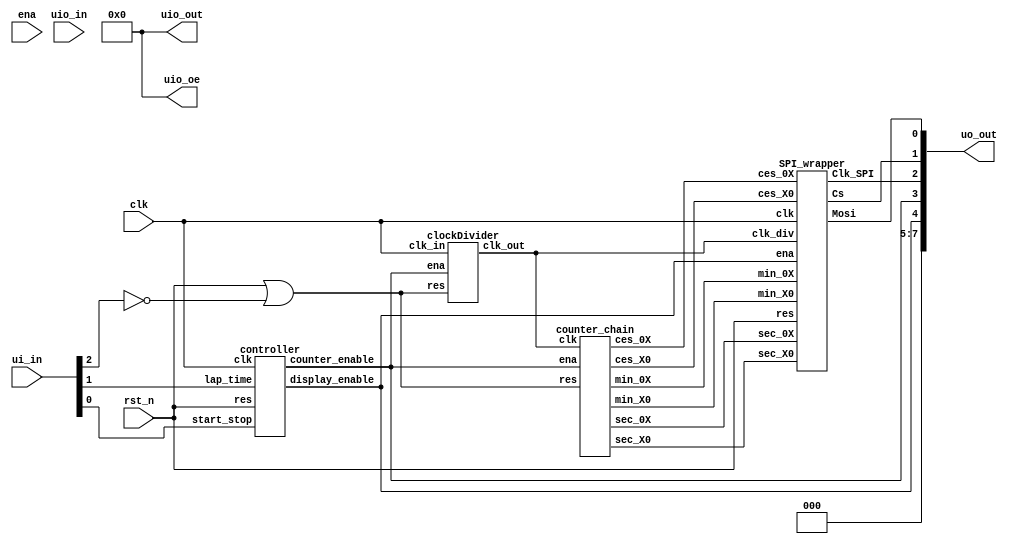
/*
 * Copyright (c) 2024 Fabio Ramirez Stern
 * SPDX-License-Identifier: Apache-2.0
 */

`define default_netname none

module tt_um_faramire_stopwatch (
  input  wire [7:0] ui_in,    // Dedicated inputs
  output wire [7:0] uo_out,   // Dedicated outputs
  input  wire [7:0] uio_in,   // IOs: Input path
  output wire [7:0] uio_out,  // IOs: Output path
  output wire [7:0] uio_oe,   // IOs: Enable path (active high: 0=input, 1=output)
  input  wire       ena,      // will go high when the design is enabled
  input  wire       clk,      // clock
  input  wire       rst_n     // reset_n - low to reset
 );
  // All output pins must be assigned. If not used, assign to 0.
  assign uio_out = 0;
  assign uio_oe  = 0;
  assign uo_out[7:5]  = 0;

  wire dividedClock; // 100 Hz clock
  wire counter_enable;
  wire display_enable;
  wire reset_either; // an OR of the input reset and the chip wide reset, for those that shall be affected by both
  wire reset_either_async;
  //wire clock_enabled; // and AND of the clock with the counter enable,
                     // so that the clock divider doesn't advance when the counters are halted

  assign reset_either = rst_n | (~ui_in[2]);
  assign reset_either_async = rst_n | (~ui_in[2]);
  //assign clock_enabled = counter_enable && clk;

  wire [2:0] w_min_X0; // all the results of the counter chain
  wire [3:0] w_min_0X;
  wire [2:0] w_sec_X0;
  wire [3:0] w_sec_0X;
  wire [3:0] w_ces_X0;
  wire [3:0] w_ces_0X;

  clockDivider clockDivider1 ( // divides the 1 MHz clock to 100 Hz
    .clk_in  (clk),
    .ena     (counter_enable),
    .res     (reset_either),
    .clk_out (dividedClock)
  );

  controller controller1 ( // two latches for starting/stopping and lap times
    .res        (rst_n),
    .clk        (clk),
    .start_stop (ui_in[0]),
    .lap_time   (ui_in[1]),
    .counter_enable (counter_enable),
    .display_enable (display_enable)
  );

  assign uo_out[3] = counter_enable; // output the internal state
  assign uo_out[4] = display_enable;

  counter_chain counter_chain1 ( // a chain of 6 counters that count from 00:00:00 to 59:59:99
    .clk (dividedClock),
    .ena (counter_enable),
    .res (reset_either_async),
    .min_X0 (w_min_X0),
    .min_0X (w_min_0X),
    .sec_X0 (w_sec_X0),
    .sec_0X (w_sec_0X),
    .ces_X0 (w_ces_X0),
    .ces_0X (w_ces_0X)
  );

  SPI_wrapper SPI_wrapper1 (
    .clk (clk),
    .clk_div(dividedClock),
    .res (rst_n),
    .ena (display_enable),
    .min_X0 (w_min_X0),
    .min_0X (w_min_0X),
    .sec_X0 (w_sec_X0),
    .sec_0X (w_sec_0X),
    .ces_X0 (w_ces_X0),
    .ces_0X (w_ces_0X),
    .Mosi    (uo_out[0]), // MOSI on out 0
    .Cs      (uo_out[1]), //  CS  on out 1
    .Clk_SPI (uo_out[2])  //  CLK on out 3
  );

endmodule // tt_um_faramire_stopwatch

module clockDivider (
  input wire clk_in, // input clock 1 MHz
  input wire ena,
  input wire res,    // reset, active low
  output reg clk_out // output clock 100 Hz
);

  reg[13:0] counter;
  parameter div     = 5000; // 1 MHz / 10'000 = 100 Hz, 50% duty cycle => 1/2 of that


  always @(posedge clk_in) begin
    if (!res) begin // reset
      counter <= 14'b0;
      clk_out <= 1'b0;
    end else if (ena) begin
      if (counter < (div-1)) begin    // count up
        counter <= counter + 1;
      end else begin                  // reset counter and invert output
        counter <= 14'b0;
        clk_out <= ~clk_out; 
      end
    end
  end

endmodule //clockDivider

module controller (
  input  wire res,            // reset, active low
  input  wire clk,
  input  wire start_stop,     // impulse toggles counter_enable
  input  wire lap_time,       // impulse toggles display_enable
  output reg  counter_enable, // 
  output reg  display_enable  //
);

  always @(posedge start_stop) begin
    if (!res) begin
      counter_enable <= 1'b0;
    end else begin
      counter_enable <= ~counter_enable;
    end
  end

  always @(posedge lap_time) begin
    if (!res) begin
      display_enable <= 1'b1;
    end else begin
        display_enable <= ~display_enable;
    end
  end
  
endmodule // controller

module counter6 (
  input  wire      clk, // clock
  input  wire      ena, // enable
  input  wire      res, // reset, active low
  output reg       max, // high when max value (6) reached
  output reg [2:0] cnt  // 3 bit counter output
);

parameter max_count = 6;

  always @(posedge clk  or negedge res) begin
    if (!res) begin
      cnt <= 3'b0;
      max <= 1'b0;
    end else if (ena) begin
      if (cnt < (max_count-1)) begin
        cnt <= cnt + 1;
      end else begin
        cnt <= 3'b0;
      end

    if (cnt == max_count-2) begin
        max <= 1'b1;
      end else begin
        max <= 1'b0;
      end
    end
  end

endmodule // counter6

module counter10 (
  input  wire      clk, // clock
  input  wire      ena, // enable
  input  wire      res, // reset, active low
  output reg       max, // high when max value (10) reached
  output reg [3:0] cnt  // 3 bit counter output
);

  parameter max_count = 10;

  always @(posedge clk or negedge res) begin
    if (!res) begin
      cnt <= 4'b0;
      max <= 1'b0;
  end else if (ena) begin
      if (cnt < (max_count-1)) begin
        cnt <= cnt + 1;
      end else begin
        cnt <= 4'b0;
      end

    if (cnt == max_count-2) begin
        max <= 1'b1;
      end else begin
        max <= 1'b0;
      end
    end
  end

endmodule // counter10

module counter_chain (
  input wire clk,
  input wire ena,
  input wire res,
  // the X denotes which digit the counter drives
  output wire [3:0] ces_0X, // centiseconds (100th)
  output wire [3:0] ces_X0,
  output wire [3:0] sec_0X, // seconds
  output wire [2:0] sec_X0,
  output wire [3:0] min_0X, // minutes
  output wire [2:0] min_X0
);

  wire ces_X0_ena;
  wire sec_0X_ena;
  wire sec_X0_ena;
  wire min_0X_ena;
  wire min_X0_ena;

  wire max; // just something to connect the unused max pin of the last counter to something

  counter10 inst_ces_0X ( // counts first digit centiseconds
    .clk (clk), // clock in
    .ena (ena), // enable
    .res (res),  // reset
    .max (ces_X0_ena), // reached max value, used as enable for the next counter
    .cnt (ces_0X) // output value
  );

  counter10 inst_ces_X0 ( // counts second digit centiseconds
    .clk (clk),
    .ena (ena & ces_X0_ena),
    .res (res),
    .max (sec_0X_ena),
    .cnt (ces_X0)
  );

  counter10 inst_sec_0X ( // counts first digit seconds
    .clk (clk),
    .ena (ena & ces_X0_ena & sec_0X_ena),
    .res (res),
    .max (sec_X0_ena),
    .cnt (sec_0X)
  );

  counter6 inst_sec_X0 ( // counts second digit seconds
    .clk (clk),
    .ena (ena & ces_X0_ena & sec_0X_ena & sec_X0_ena),
    .res (res),
    .max (min_0X_ena),
    .cnt (sec_X0)
  );

  counter10 inst_min_0X ( // counts single digit minutes
    .clk (clk),
    .ena (ena & ces_X0_ena & sec_0X_ena & sec_X0_ena & min_0X_ena),
    .res (res),
    .max (min_X0_ena),
    .cnt (min_0X)
  );

  counter6 inst_min_X0 ( // counts second digit minutes
    .clk (clk),
    .ena (ena & ces_X0_ena & sec_0X_ena & sec_X0_ena & min_0X_ena & min_X0_ena),
    .res (res),
    .max (max),
    .cnt (min_X0)
  );

endmodule // counter_chain

module SPI_wrapper (
  input wire clk, // 1 MHz clock to run the FSM and other loops
  input wire clk_div, // 100 Hz clock to trigger a time to be send out
  input wire res, // reset, active low
  input wire ena,

  input wire [2:0] min_X0, // minutes
  input wire [3:0] min_0X,
  input wire [2:0] sec_X0, // seconds
  input wire [3:0] sec_0X,
  input wire [3:0] ces_X0, // centiseconds (100th)
  input wire [3:0] ces_0X,

  output wire Mosi,
  output reg  Cs,
  output wire Clk_SPI
);

  // FSM
  reg [2:0] state;
  localparam SETUP_ON  = 3'b000;
  localparam SETUP_BCD = 3'b001;
  localparam SETUP_SCN = 3'b010;
  localparam IDLE      = 3'b011;
  localparam CS_PAUSE  = 3'b100;
  localparam TRANSFER  = 3'b101;
  localparam WAIT      = 3'b110;
  localparam DONE      = 3'b111;

  reg [15:0] word_out;
  reg [2:0] digit_count;
  reg [3:0] wait_count;
  wire send_reported;
  wire ready_reported;
  reg reset_master;
  reg sent_ON;
  reg sent_BCD;
  reg sent_SCN;

  always @(posedge clk) begin  // controlling FSM
    if (!res) begin // active low reset
      Cs <= 1;
      reset_master <= 0;
      word_out <= 16'b0;
      digit_count <= 3'b0;
      sent_ON <= 0;
      sent_BCD <= 0;
      sent_SCN <= 0;
      state <= SETUP_ON;
    end
    case(state)

      SETUP_ON: begin // send a setup packet enabling BCD
        if (res) begin
          reset_master <= 1;
          if (ready_reported == 1) begin
            word_out <= 16'b0000_1100_0000_0001; // address = shutdown mode, data = device on
            digit_count <= 3'b000;
            Cs <= 0;
            sent_ON <= 1;
          end
          else if (send_reported == 1 && sent_ON) begin // data send, Cs can be pulled high again
            Cs <= 1;
            state <= SETUP_BCD;
          end
        end
      end // SETUP

      SETUP_BCD: begin // send a setup packet enabling BCD
        if (ready_reported == 1) begin
          word_out <= 16'b0000_1001_0011_1111; // address = decode mode, data = BCD for all
          digit_count <= 3'b000;
          Cs <= 0;
          sent_BCD <= 1;
        end
        else if (send_reported == 1 && sent_BCD == 1) begin // data send, Cs can be pulled high again
          Cs <= 1;
          state <= SETUP_SCN;
        end
      end // SETUP

      SETUP_SCN: begin // send a setup packet enabling 6 digits
        if (ready_reported == 1) begin
          word_out <= 16'b0000_1011_0000_1110; // address = scan limit, data = BCD for all
          digit_count <= 3'b000;
          Cs <= 0;
          sent_SCN <= 1;
        end
        else if (send_reported == 1 && sent_SCN == 1) begin // data send, Cs can be pulled high again
          Cs <= 1;
          state <= IDLE;
        end
      end // SETUP

      IDLE: begin
        if (clk_div & ena) begin // wait for the 100Hz clock to get high
          digit_count <= 3'b000;
          wait_count <= 4'b0000;
          state <= TRANSFER;
        end
      end // IDLE

      TRANSFER: begin
        if (ready_reported == 1) begin // wait for TX ready
          case(digit_count)

            3'b000: begin // ces_0X
              word_out <= {8'b0000_0001, 8'b0000_0000 | {4'b0000, ces_0X}}; // send the 16-bit word
              Cs <= 0; // pull CS low to initiate send
              digit_count <= 3'b001; // advance the position counter
              wait_count <= 4'b0000;
              state <= WAIT;
            end

            3'b001: begin // ces_X0
              word_out <= {8'b0000_0010, 8'b0000_0000 | {4'b0000, ces_X0}};
              Cs <= 0;
              digit_count <= 3'b010;
              wait_count <= 4'b0000;
              state <= WAIT;
            end

            3'b010: begin // sec_0X
              word_out <= {8'b0000_0011, 8'b1000_0000 | {4'b0000, sec_0X}};
              Cs <= 0;
              digit_count <= 3'b011;
              wait_count <= 4'b0000;
              state <= WAIT;
            end

            3'b011: begin // sec_X0
              word_out <= {8'b0000_0100, 8'b0000_0000 | {5'b00000, sec_X0}};
              Cs <= 0;
              digit_count <= 3'b100;
              wait_count <= 4'b0000;
              state <= WAIT;
            end

            3'b100: begin // min_0X
              word_out <= {8'b0000_0101, 8'b1000_0000 | {4'b0000, min_0X}};
              Cs <= 0;
              digit_count <= 3'b101;
              wait_count <= 4'b0000;
              state <= WAIT;
            end

            3'b101: begin // min_X0
              word_out <= {8'b0000_0110, 8'b0000_0000 | {5'b00000, min_X0}};
              Cs <= 0;
              digit_count <= 3'b110;
              wait_count <= 4'b0000;
              state <= WAIT;
            end

            3'b110: begin // once send has been complete and CS is high again, switch state
              state <= DONE;
            end

            default:digit_count <= 3'b000;
          endcase

        end else if (send_reported == 1) begin // once data has been send, pull CS high
          Cs <= 1;
        end
      end // TRANSFER

      WAIT: begin
        if (wait_count == 4'b1111) begin
          state <= CS_PAUSE;
          wait_count <= 4'b0;
          Cs <= 1;
        end else if (send_reported == 1'b1 || ready_reported) begin
          wait_count <= wait_count + 1'b1;
        end
      end

      CS_PAUSE: begin
        if (wait_count == 4'b1111) begin
          state <= TRANSFER;
          wait_count <= 4'b0;
        end else begin
          wait_count <= wait_count + 1'b1;
        end
      end

      DONE: begin // wait for the 100 Hz clock to go low again
        if (!clk_div) begin
          state <= IDLE;
        end
      end // DONE

      default:state <= SETUP_ON;
    endcase    
  end

  SPI_Master SPI_Master1 (
    .clk(clk),
    .res(reset_master),
    .cs_in(Cs),
    .word_in(word_out),

    .report_send(send_reported),
    .report_ready(ready_reported),

    .sck(Clk_SPI),
    .mosi(Mosi)
  );

endmodule // SPI_wrapper

module SPI_Master (
  input wire clk,
  input wire res,
  input wire cs_in,         // CS input
  input wire [15:0] word_in,   // word to be sent

  output reg sck,           // serial clock
  output reg mosi,          // MOSI
  output reg report_send,   // data has been sent, CS can be pulled high
  output reg report_ready   // ready for next transmission
);

  // FSM states
  localparam IDLE     = 2'b00;
  localparam TRANSFER = 2'b01;
  localparam DONE     = 2'b10;

  reg  [1:0] state;
  reg  [1:0] count_bit; // count through the clock cylce: 00 pull low (set), 01 hold low, 10 pull high (sample), 11 hold high
  reg  [3:0] count_word; // count through the bits of the word
  reg [15:0] word_out;


  always @(posedge clk) begin
    if (!res) begin // reset, active low
      sck <= 0;
      mosi <= 0;
      report_send <= 0; // goes high when all data has been send and CS is still low
      report_ready <= 0; // goes high when CS is high and reset is complete
      state <= IDLE;
    end else begin

      case(state) // FSM

        IDLE: begin
          if (cs_in == 1) begin
            report_send <= 0;
            report_ready <= 1;
          end
          else begin // CS low: order to send the word
            count_bit <= 0;
            count_word <= 15;
            word_out <= word_in;
            report_send <= 0;
            report_ready <= 0;
            state <= TRANSFER;
          end
        end // IDLE

        TRANSFER: begin
          case(count_bit)

            2'b00: begin // pull low
              sck <= 1'b0;
              count_bit <= 2'b01;

              mosi <= word_out[15];
              word_out <= word_out << 1;

              // alternative:
              /* mosi <= word_out[count_word];
              count_word <= count_word - 1; */
            end

            2'b01: begin // hold low
              sck <= 1'b0;
              count_bit <= 2'b10;
            end

            2'b10: begin // pull high
              sck <= 1'b1;
              count_bit <= 2'b11;
            end

            2'b11: begin // hold high
              sck <= 1'b1;
              count_bit <= 2'b00;

              if (count_word == 0) begin // end of word? exit
                state <= DONE;
              end else begin
                count_word <= count_word - 1; // this is here so that once it goes 0, one clock cylce is still executed
              end
            end

            default:;
          endcase
        end // TRANSFER

        DONE: begin
          sck <= 0; // pull everything low
          mosi <= 0;
          report_send <= 1; // send! CS can be pulled high now
          if (cs_in == 1) begin // once wrapper reacted to report_send, go ready
            state <= IDLE;
          end
        end // DONE

        default:;
      endcase
    end
  end

endmodule